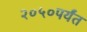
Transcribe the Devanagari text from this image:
२०५०पर्यंत